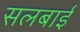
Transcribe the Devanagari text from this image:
सलबाई